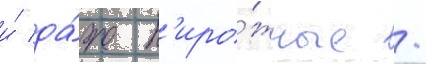
и́ да́же п'иро́жные /